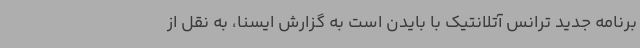
برنامه جدید ترانس آتلانتیک با بایدن است به گزارش ایسنا، به نقل از